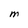
Character: M